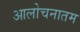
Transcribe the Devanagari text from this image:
आलोचनातम